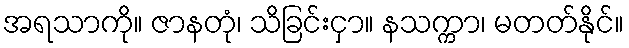
အရသာကို။ ဇာနတုံ၊ သိခြင်းငှာ။ နသက္ကာ၊ မတတ်နိုင်။